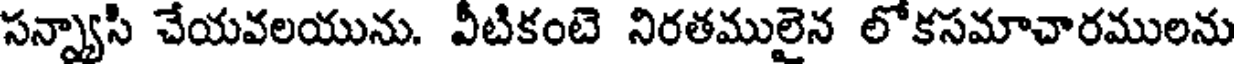
సన్న్యాసి చేయవలయును. వీటికంటె నిరతములైన లోకసమాచారములను